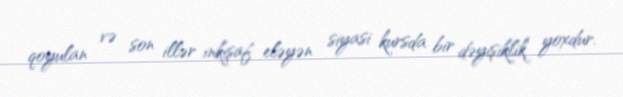
qoyulan və son illər inkişaf eləyən siyasi kursda bir dəyişiklik yoxdur.